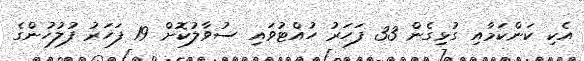
އެކި ކަންކަމާއި ގުޅިގެން 33 ފަހަރު ހުއްޓުވައި ސުވާލުކޮށް 19 ފަހަރު ފުލުހުންގެ